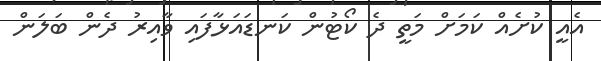
އެއީ ކުށެއް ކަމަށް މަތީ ދެ ކޯޓުން ކަނޑައަޅާފައި ވާއިރު ދެން ބަލަން